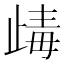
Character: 𣥽